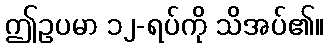
ဤဥပမာ ၁၂-ရပ်ကို သိအပ်၏။